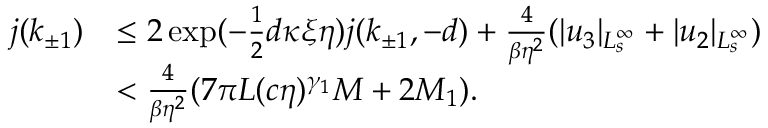
\begin{array} { r l } { j ( k _ { \pm 1 } ) } & { \le 2 \exp ( - \frac 1 2 d \kappa \xi \eta ) j ( k _ { \pm 1 } , - d ) + \frac 4 { \beta \eta ^ { 2 } } ( \vert u _ { 3 } \vert _ { L _ { s } ^ { \infty } } + \vert u _ { 2 } \vert _ { L _ { s } ^ { \infty } } ) } \\ & { < \frac 4 { \beta \eta ^ { 2 } } ( 7 \pi L ( c \eta ) ^ { \gamma _ { 1 } } M + 2 M _ { 1 } ) . } \end{array}